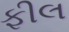
ફીલ